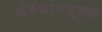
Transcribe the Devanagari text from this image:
संबंधांमधूनच